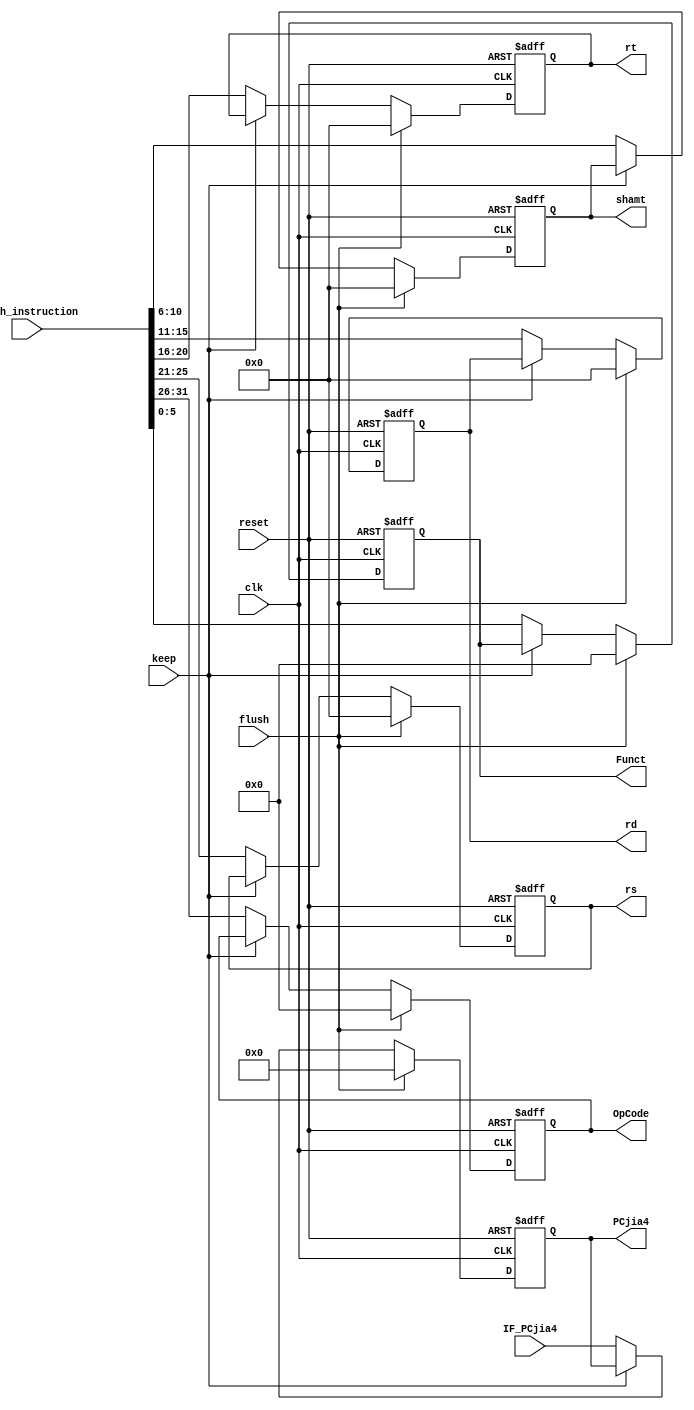
`timescale 1ns / 1ps
module IF_ID(
input wire clk,
input wire reset,
input wire keep,
input wire flush,
input wire [31:0] fetch_instruction,
input wire [31:0] IF_PCjia4,
output reg [5:0] OpCode,
output reg [4:0] rs,
output reg [4:0] rt,
output reg [4:0] rd,
output reg [4:0] shamt,
output reg [5:0] Funct,
output reg [31:0] PCjia4
    );
initial 
    begin
    OpCode<=0;
    rs<=0;
    rt<=0;
    rd<=0;
    shamt<=0;
    Funct<=0;
    PCjia4<=0;
    end
    always@(posedge clk or posedge reset)begin
    if(reset)begin
    OpCode<=0;
    rs<=0;
    rt<=0;
    rd<=0;
    shamt<=0;
    Funct<=0;
    PCjia4<=0;    
    end
    else if(flush)begin
    OpCode<=0;
    rs<=0;
    rt<=0;
    rd<=0;
    shamt<=0;
    Funct<=0;
    PCjia4<=0;       
    end
    else if(!keep) begin
    OpCode<=fetch_instruction[31:26];
    rs<=fetch_instruction[25:21];
    rt<=fetch_instruction[20:16];
    rd<=fetch_instruction[15:11];
    shamt<=fetch_instruction[10:6];
    Funct<=fetch_instruction[5:0];
    PCjia4<=IF_PCjia4;
    end
    end
    
endmodule